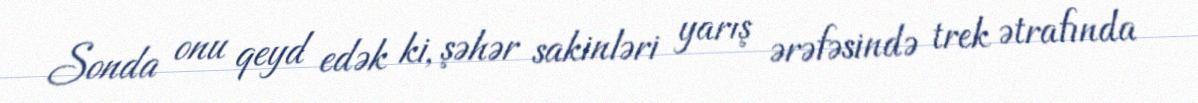
Sonda onu qeyd edək ki, şəhər sakinləri yarış ərəfəsində trek ətrafında